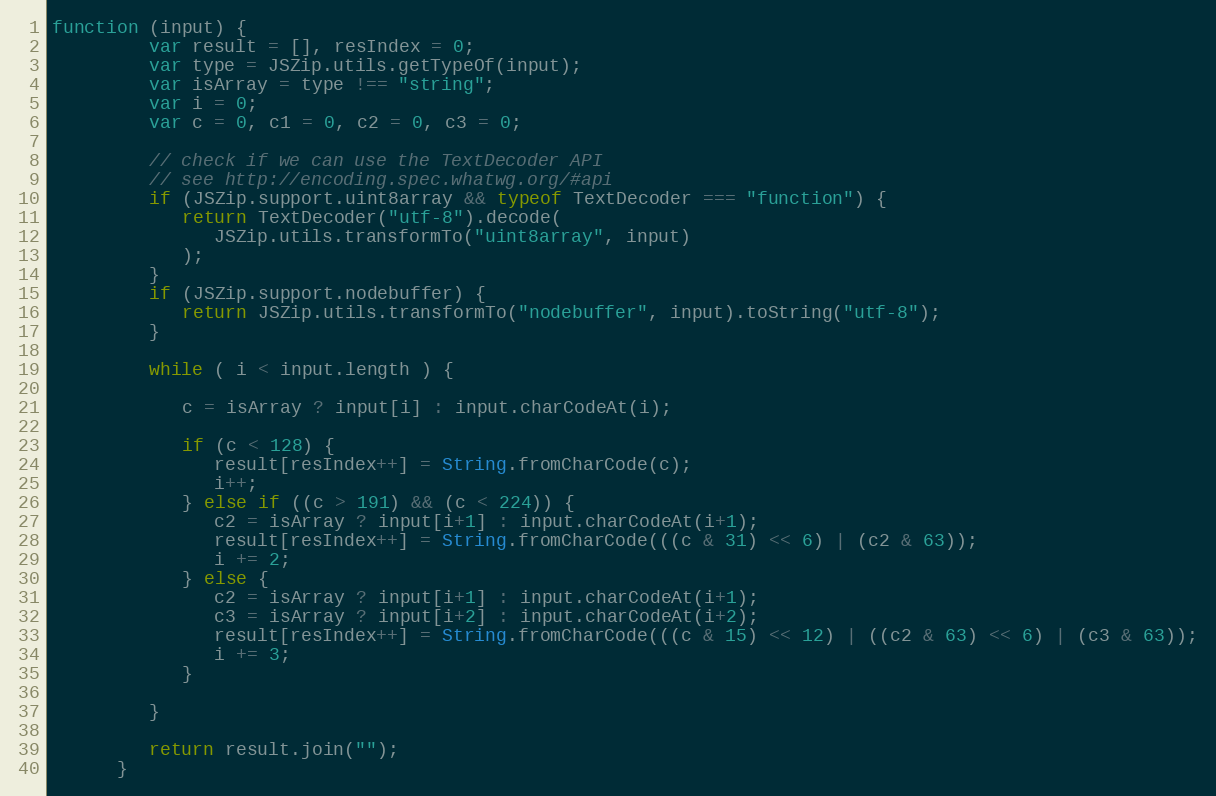
Language: JavaScript
function (input) {
         var result = [], resIndex = 0;
         var type = JSZip.utils.getTypeOf(input);
         var isArray = type !== "string";
         var i = 0;
         var c = 0, c1 = 0, c2 = 0, c3 = 0;

         // check if we can use the TextDecoder API
         // see http://encoding.spec.whatwg.org/#api
         if (JSZip.support.uint8array && typeof TextDecoder === "function") {
            return TextDecoder("utf-8").decode(
               JSZip.utils.transformTo("uint8array", input)
            );
         }
         if (JSZip.support.nodebuffer) {
            return JSZip.utils.transformTo("nodebuffer", input).toString("utf-8");
         }

         while ( i < input.length ) {

            c = isArray ? input[i] : input.charCodeAt(i);

            if (c < 128) {
               result[resIndex++] = String.fromCharCode(c);
               i++;
            } else if ((c > 191) && (c < 224)) {
               c2 = isArray ? input[i+1] : input.charCodeAt(i+1);
               result[resIndex++] = String.fromCharCode(((c & 31) << 6) | (c2 & 63));
               i += 2;
            } else {
               c2 = isArray ? input[i+1] : input.charCodeAt(i+1);
               c3 = isArray ? input[i+2] : input.charCodeAt(i+2);
               result[resIndex++] = String.fromCharCode(((c & 15) << 12) | ((c2 & 63) << 6) | (c3 & 63));
               i += 3;
            }

         }

         return result.join("");
      }